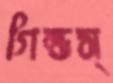
গিল্ডস্